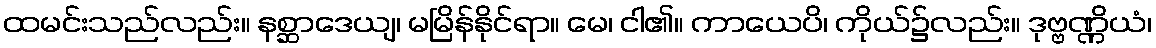
ထမင်းသည်လည်း။ နစ္ဆာဒေယျ၊ မမြိန်နိုင်ရာ။ မေ၊ ငါ၏။ ကာယေပိ၊ ကိုယ်၌လည်း။ ဒုဗ္ဗဏ္ဏိယံ၊